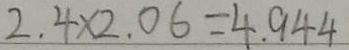
2 . 4 \times 2 . 0 6 = 4 . 9 4 4